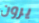
يرون